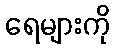
ရေများကို